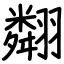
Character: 翷